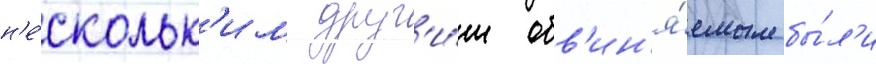
н'е́скольк'им друг'и́м обв'ин'я́емым бы́л'и